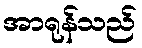
အာရုန်သည်